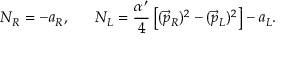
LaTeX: N _ { R } = - a _ { R } , \ \ \ \ \ N _ { L } = { \frac { \alpha ^ { \prime } } { 4 } } \left[ ( \vec { p } _ { R } ) ^ { 2 } - ( \vec { p } _ { L } ) ^ { 2 } \right] - a _ { L } .